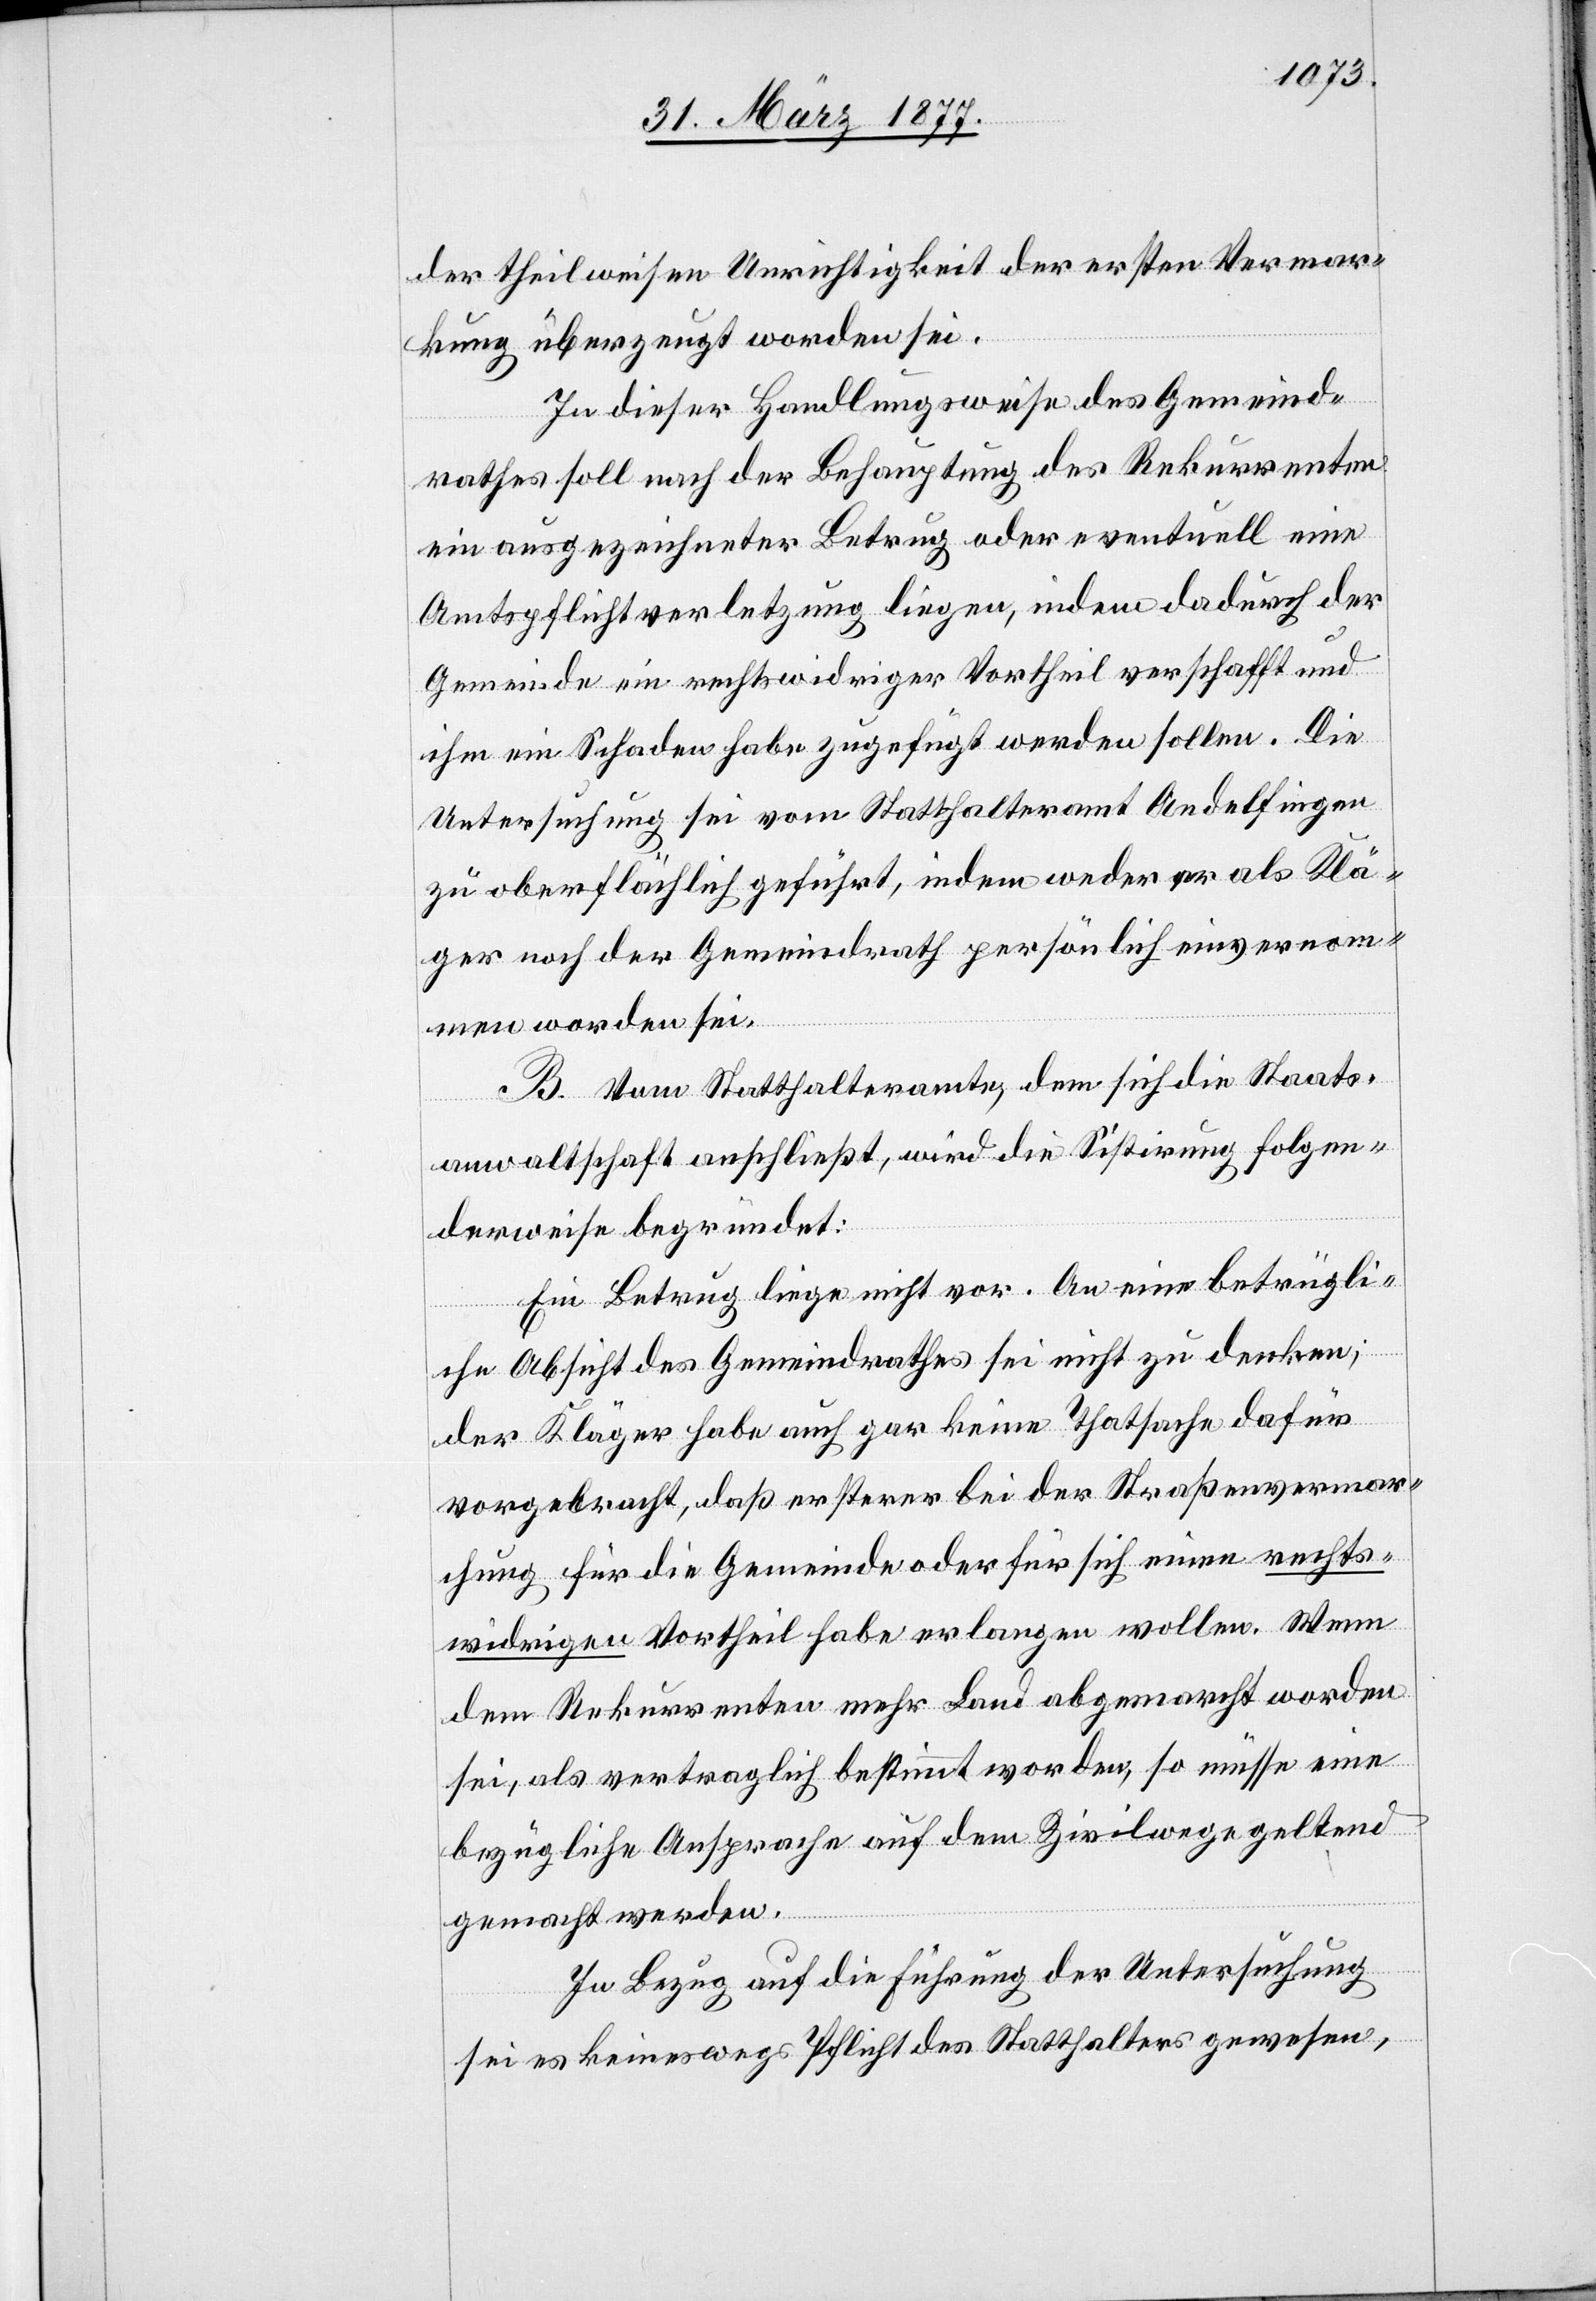
der theilweisen Unrichtigkeit der ersten Vermar¬
kung überzeugt worden sei.
In dieser Handlungsweise des Gemeind¬
rathes soll nach der Behauptung des Rekurrenten
ein ausgezeichneter Betrug oder eventuell eine
Amtspflichtverletzung liegen, indem dadurch der
Gemeinde ein rechtswidriger Vortheil verschafft und
ihm ein Schaden habe zugeführt werden sollen. Die
Untersuchung sei vom Statthalteramt Andelfingen
zu oberflächlich geführt, indem weder er als Klä¬
ger noch der Gemeindrath persönlich einvernom¬
men worden sei.
B. Vom Statthalteramte, dem sich die Staats¬
anwaltschaft anschließt, wird die Sistirung folgen¬
derweise begründet:
Ein Betrug liege nicht vor. An eine betrügli¬
che Absicht des Gemeindrathes sei nicht zu denken;
der Kläger habe auch gar keine Thatsache dafür
vorgebracht, daß ersterer bei der Straßenvermar¬
chung für die Gemeinde oder für sich einen rechts¬
widrigen Vortheil habe erlangen wollen. Wenn
dem Rekurrenten mehr Land abgemarcht worden
sei, als vertraglich bestimmt worden, so müsse eine
bezügliche Ansprache auf dem Zivilwege geltend
gemacht werden.
Im Bezug auf die Führung der Untersuchung
sei es keineswegs Pflicht des Statthalters gewesen,